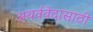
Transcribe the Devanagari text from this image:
अथर्ववेदासाठी